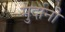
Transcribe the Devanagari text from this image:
मुर्दानी